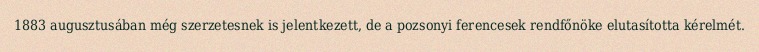
1883 augusztusában még szerzetesnek is jelentkezett, de a pozsonyi ferencesek rendfőnöke elutasította kérelmét.